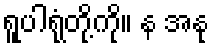
ရူပါရုံတို့ကို။ န အနု